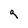
Character: q